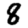
Digit: 8